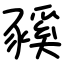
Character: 豯